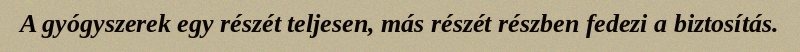
A gyógyszerek egy részét teljesen, más részét részben fedezi a biztosítás.